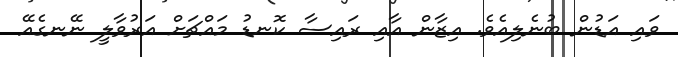
ވައި އަޑުން ބުނެލިއެވެ. އިޒާން އާއި ރައިސާ ކޮނޑު މައްޗަށް އަރުވާލީ ނޭނގެއޭ